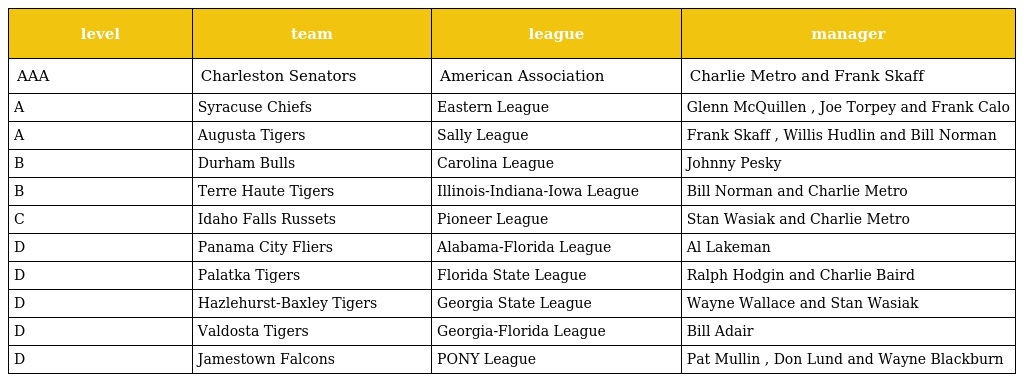
| level | team | league | manager |
 | --- | --- | --- | --- |
 | AAA | Charleston Senators | American Association | Charlie Metro and Frank Skaff |
 | A | Syracuse Chiefs | Eastern League | Glenn McQuillen , Joe Torpey and Frank Calo |
 | A | Augusta Tigers | Sally League | Frank Skaff , Willis Hudlin and Bill Norman |
 | B | Durham Bulls | Carolina League | Johnny Pesky |
 | B | Terre Haute Tigers | Illinois-Indiana-Iowa League | Bill Norman and Charlie Metro |
 | C | Idaho Falls Russets | Pioneer League | Stan Wasiak and Charlie Metro |
 | D | Panama City Fliers | Alabama-Florida League | Al Lakeman |
 | D | Palatka Tigers | Florida State League | Ralph Hodgin and Charlie Baird |
 | D | Hazlehurst-Baxley Tigers | Georgia State League | Wayne Wallace and Stan Wasiak |
 | D | Valdosta Tigers | Georgia-Florida League | Bill Adair |
 | D | Jamestown Falcons | PONY League | Pat Mullin , Don Lund and Wayne Blackburn |